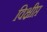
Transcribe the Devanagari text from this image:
विक्षीप्त